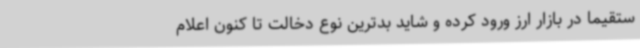
ستقیما در بازار ارز ورود کرده و شاید بدترین نوع دخالت تا کنون اعلام